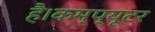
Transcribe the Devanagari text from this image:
है।कम्प्यूटर